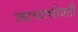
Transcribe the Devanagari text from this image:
ज्याच्याभोवती